Punjab Mental Hospital Lahore 1932-46 - 1932-1946
Year: 1932
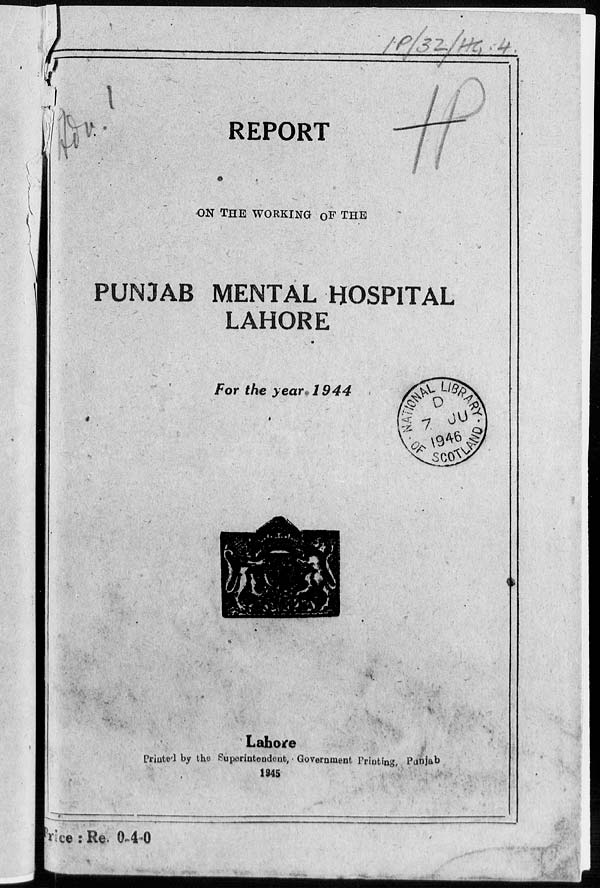
REPORT
ON THE WORKING OF THE
PUNJAB MENTAL HOSPITAL
LAHORE
For the year. 1944
Lahore
Printed by the Superintendent, Government Printing, Punjab
1945
Price: Re. 0-4-0